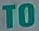
TO